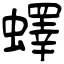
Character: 蠌